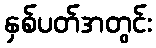
နှစ်ပတ်အတွင်း